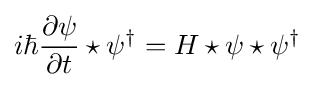
i\hbar {\frac {\partial \psi }{\partial t}}\star \psi ^{\dagger }=H\star \psi \star \psi ^{\dagger }